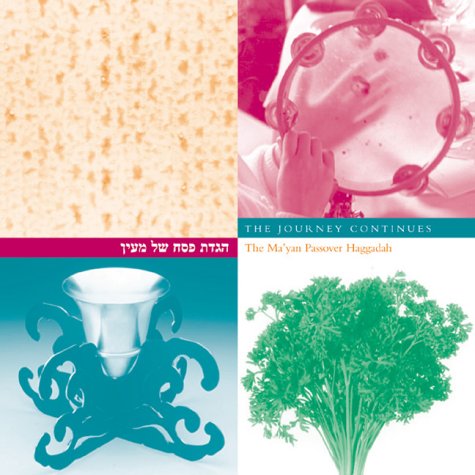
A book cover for The Journey Continues : The Ma'yan Passover Haggadah; Religion & Spirituality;